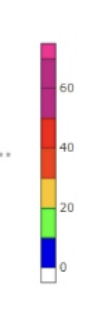
Blue: 0 to 10
Green: 10 to 20
Yellow: 20 to 30
Orange: 30 to 40
Red: 40 to 50
Magenta: 50 to 70
Pink: 70 to 75